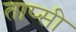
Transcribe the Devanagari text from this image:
ताप्सी